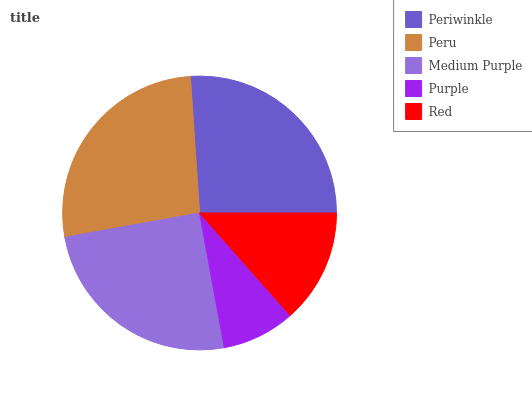
| Periwinkle | Peru | Medium Purple | Purple | Red |
 | --- | --- | --- | --- | --- |
 | 26.1% | 26.8% | 25% | 8.65% | 13.5% |